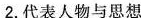
2.代表人物与思想